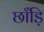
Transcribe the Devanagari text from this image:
छाँड़ि